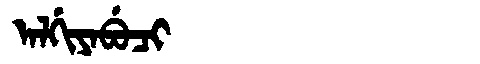
Manchu: ᠠᠯᡤᡳᠶᠠᠪᡠᠴᡳ
Romanization: ALGIYABUCI